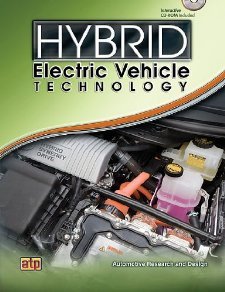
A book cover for Hybrid Electric Vehicle Technology [Paperback] [2009] 1st Ed. Automotive Research and Design; Engineering & Transportation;